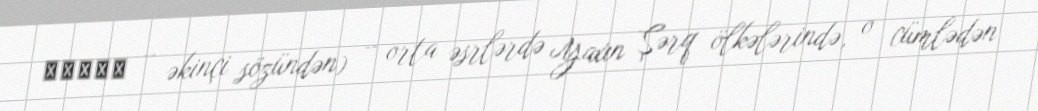
ﺒﺮزﮔﺮ – əkinçi sözündən) – orta əsrlərdə Yaxın Şərq ölkələrində, o cümlədən